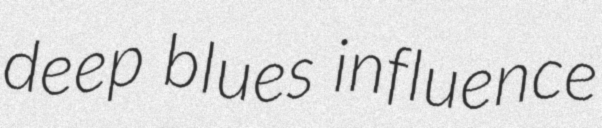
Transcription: deep blues influence